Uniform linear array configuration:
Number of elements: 32
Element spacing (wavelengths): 0.75
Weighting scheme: uniform
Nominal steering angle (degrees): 60
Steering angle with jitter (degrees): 58.428
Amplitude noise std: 0.05
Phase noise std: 0.05

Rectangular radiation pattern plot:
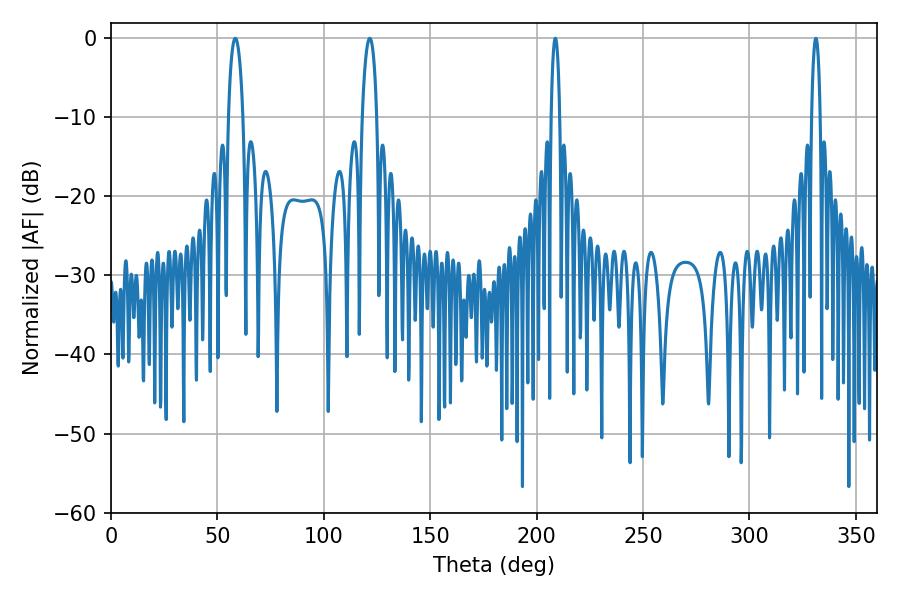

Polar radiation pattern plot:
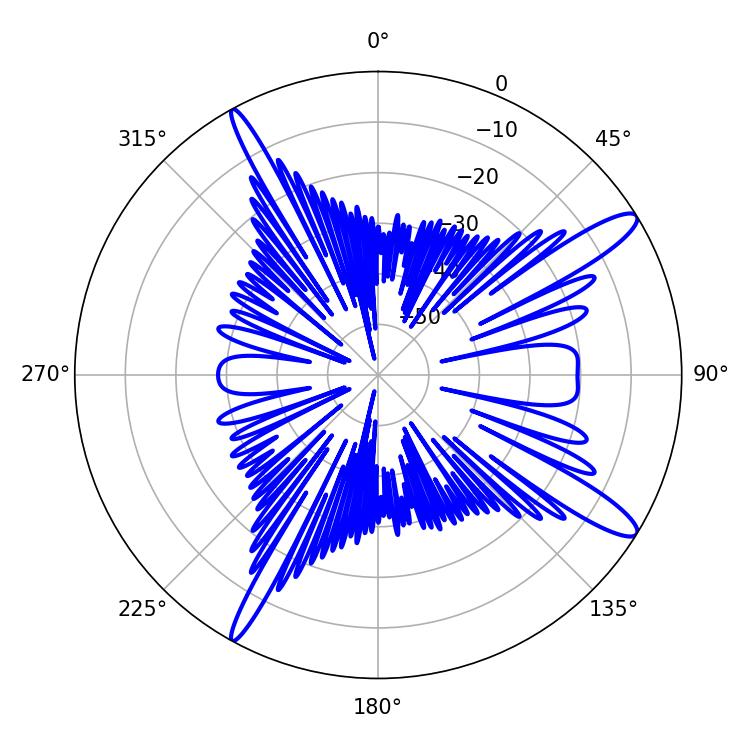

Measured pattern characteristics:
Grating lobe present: TRUE
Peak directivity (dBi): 13.433
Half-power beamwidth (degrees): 2.16
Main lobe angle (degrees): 208.8